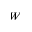
W